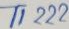
Text: TI222